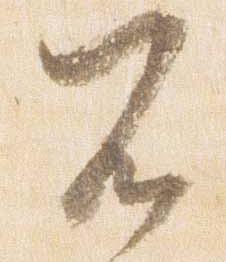
不